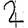
Digit: 2